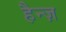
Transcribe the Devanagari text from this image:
हैन्ज़